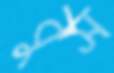
বুস